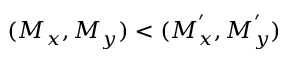
( M _ { x } , M _ { y } ) < ( M _ { x } ^ { ' } , M _ { y } ^ { ' } )